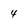
Character: 4